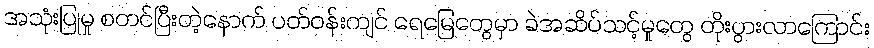
အသုံးပြုမှု စတင်ပြီးတဲ့နောက် ပတ်ဝန်းကျင် ရေမြေတွေမှာ ခဲအဆိပ်သင့်မှုတွေ တိုးပွားလာကြောင်း